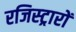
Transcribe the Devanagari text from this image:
रजिस्ट्रारों